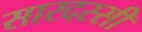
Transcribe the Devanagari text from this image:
सारदस्सी